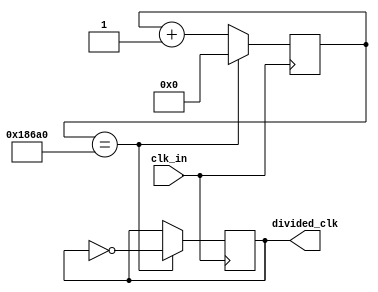
`timescale 1ns / 1ps
//////////////////////////////////////////////////////////////////////////////////
// Company: 
// Engineer: 
// 
// Design Name: 
// Module Name: clkSSD
// Project Name: 
// Target Devices: 
// Tool Versions: 
// Description: 
// 
// Dependencies: 
// 
// Revision:
// Revision 0.01 - File Created
// Additional Comments:
// 
//////////////////////////////////////////////////////////////////////////////////


module clkSSD(
    input clk_in,
	output reg divided_clk
    );
	 
	 
parameter toggle_value = 17'b11000011010100000;
///parameter toggle_value = 20'b11001011011100110101;

	 
reg[16:0] cnt;

always@(posedge clk_in)
begin


		if (cnt==toggle_value) begin
			cnt <= 0;
			divided_clk <= ~divided_clk;
		end
		else begin
			cnt <= cnt +1;
			divided_clk <= divided_clk;		
		end


end

endmodule